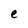
Character: e